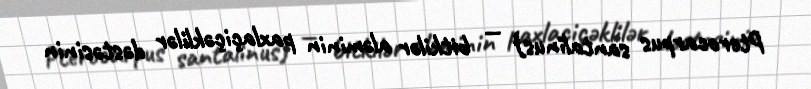
Pterocarpus santalinus) — bitkilər aləminin paxlaçiçəklilər dəstəsinin